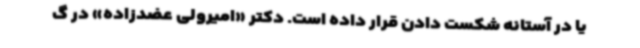
یا در آستانه شکست دادن قرار داده است. دکتر «امیرولی عضدزاده» در گ